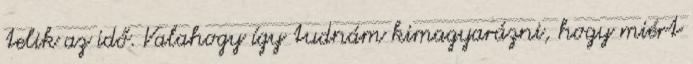
telik az idő. Valahogy így tudnám kimagyarázni, hogy miért